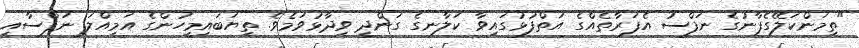
"ތިމަންކަލޭގެފާނުގެ ނަފްސު އެފަރާތެއްގެ އަތްފުޅުގައިވާ ކަލާނގެ ގަންދީ ވިދާޅުވަމެވެ. ތިޔަބައިމީހުންގެ އަމިއްލަ ނަފްސާއި